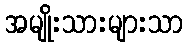
အမျိုးသားများသာ